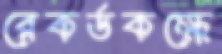
রেকর্ডকক্ষে